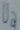
Text: Ua